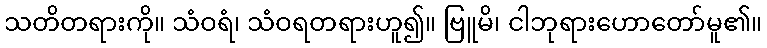
သတိတရားကို။ သံဝရံ၊ သံဝရတရားဟူ၍။ ဗြူမိ၊ ငါဘုရားဟောတော်မူ၏။